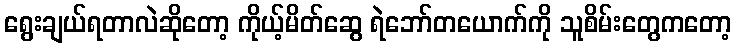
ရွေးချယ်ရတာလဲဆိုတော့ ကိုယ့်မိတ်ဆွေ ရဲဘော်တယောက်ကို သူစိမ်းတွေကတော့